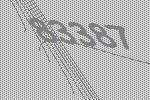
83387